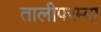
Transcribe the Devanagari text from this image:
तालीपरम्बा